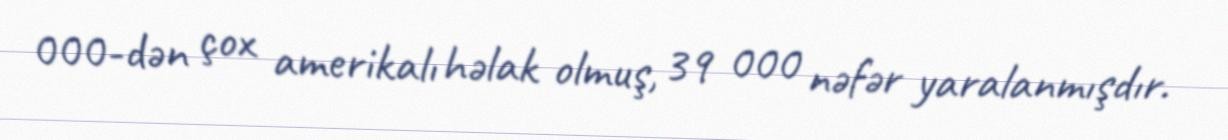
000-dən çox amerikalı həlak olmuş, 39 000 nəfər yaralanmışdır.